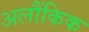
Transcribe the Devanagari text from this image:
अलौंकिक